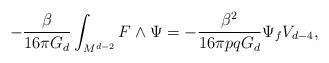
LaTeX: \begin{align*}- \frac{\beta}{16 \pi G_{d}} \int_{M^{d-2}} F \wedge \Psi = -\frac{\beta^2}{16 \pi pq G_{d}} \Psi_{f} V_{d-4}, \end{align*}